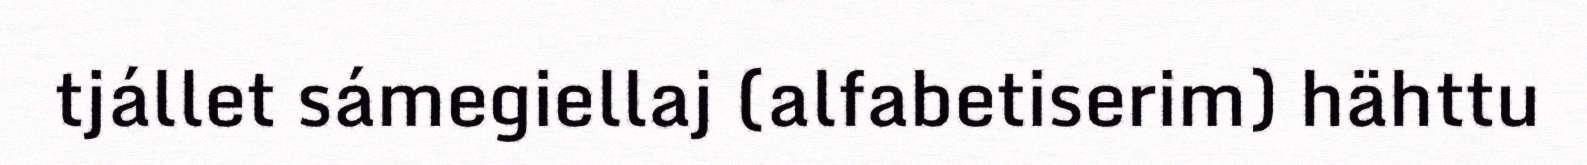
tjállet sámegiellaj (alfabetiserim) hähttu